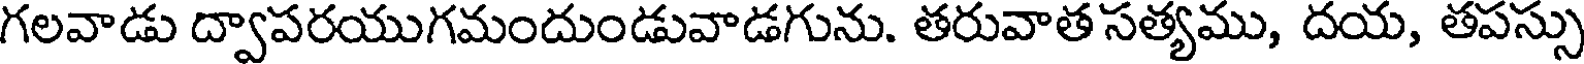
గలవాడు ద్వాపరయుగమందుండువాడగును. తరువాత సత్యము, దయ, తపస్సు